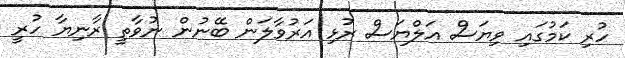
ހުރި ކަމުގައި ވިޔަސް އަލްޔަސް ރުޅި އަރުވާލަން ބޭނުން ނުވާތީ ރާނިޔާ ހުރީ